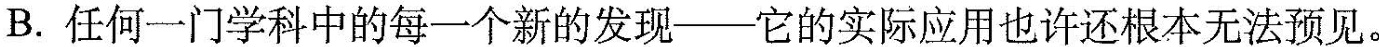
B.任何一门学科中的每一个新的发现——它的实际应用也许还根本无法预见。